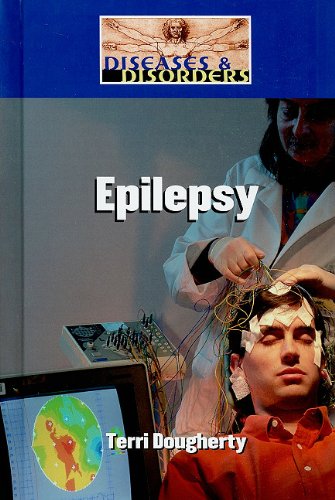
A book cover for Epilepsy (Diseases and Disorders); Terri Dougherty; Health, Fitness & Dieting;